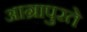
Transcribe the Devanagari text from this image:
आग्रापुरते